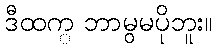
ဒီထက္ ဘာမွမပိုဘူး။